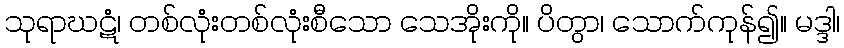
သုရာဃဋံ၊ တစ်လုံးတစ်လုံးစီသော သေအိုးကို။ ပိတွာ၊ သောက်ကုန်၍။ မဒ္ဒါ၊